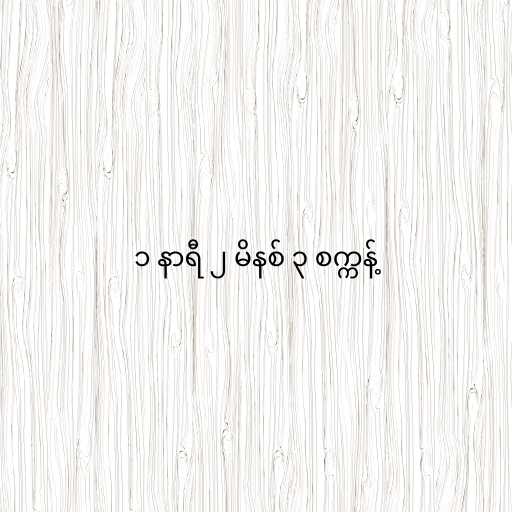
၁ နာရီ ၂ မိနစ် ၃ စက္ကန့်